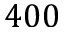
4 0 0